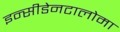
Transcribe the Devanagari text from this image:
इन्सीडेनटालोमा